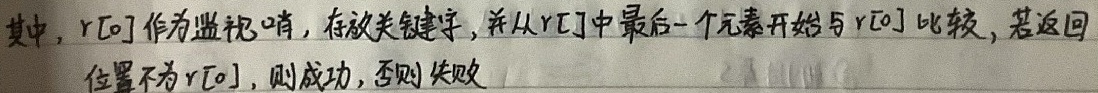
其中，\(r[0]\)作为监视哨，存放关键字，并从\(r[]\)中最后一个元素开始与\(r[0]\)比较，若返回位置不为\(r[0]\)，则成功，否则失败。